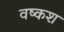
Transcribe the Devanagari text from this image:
वष्कश